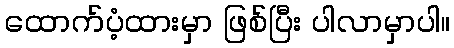
ထောက်ပံ့ထားမှာ ဖြစ်ပြီး ပါလာမှာပါ။